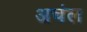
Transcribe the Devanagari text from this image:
अचंल